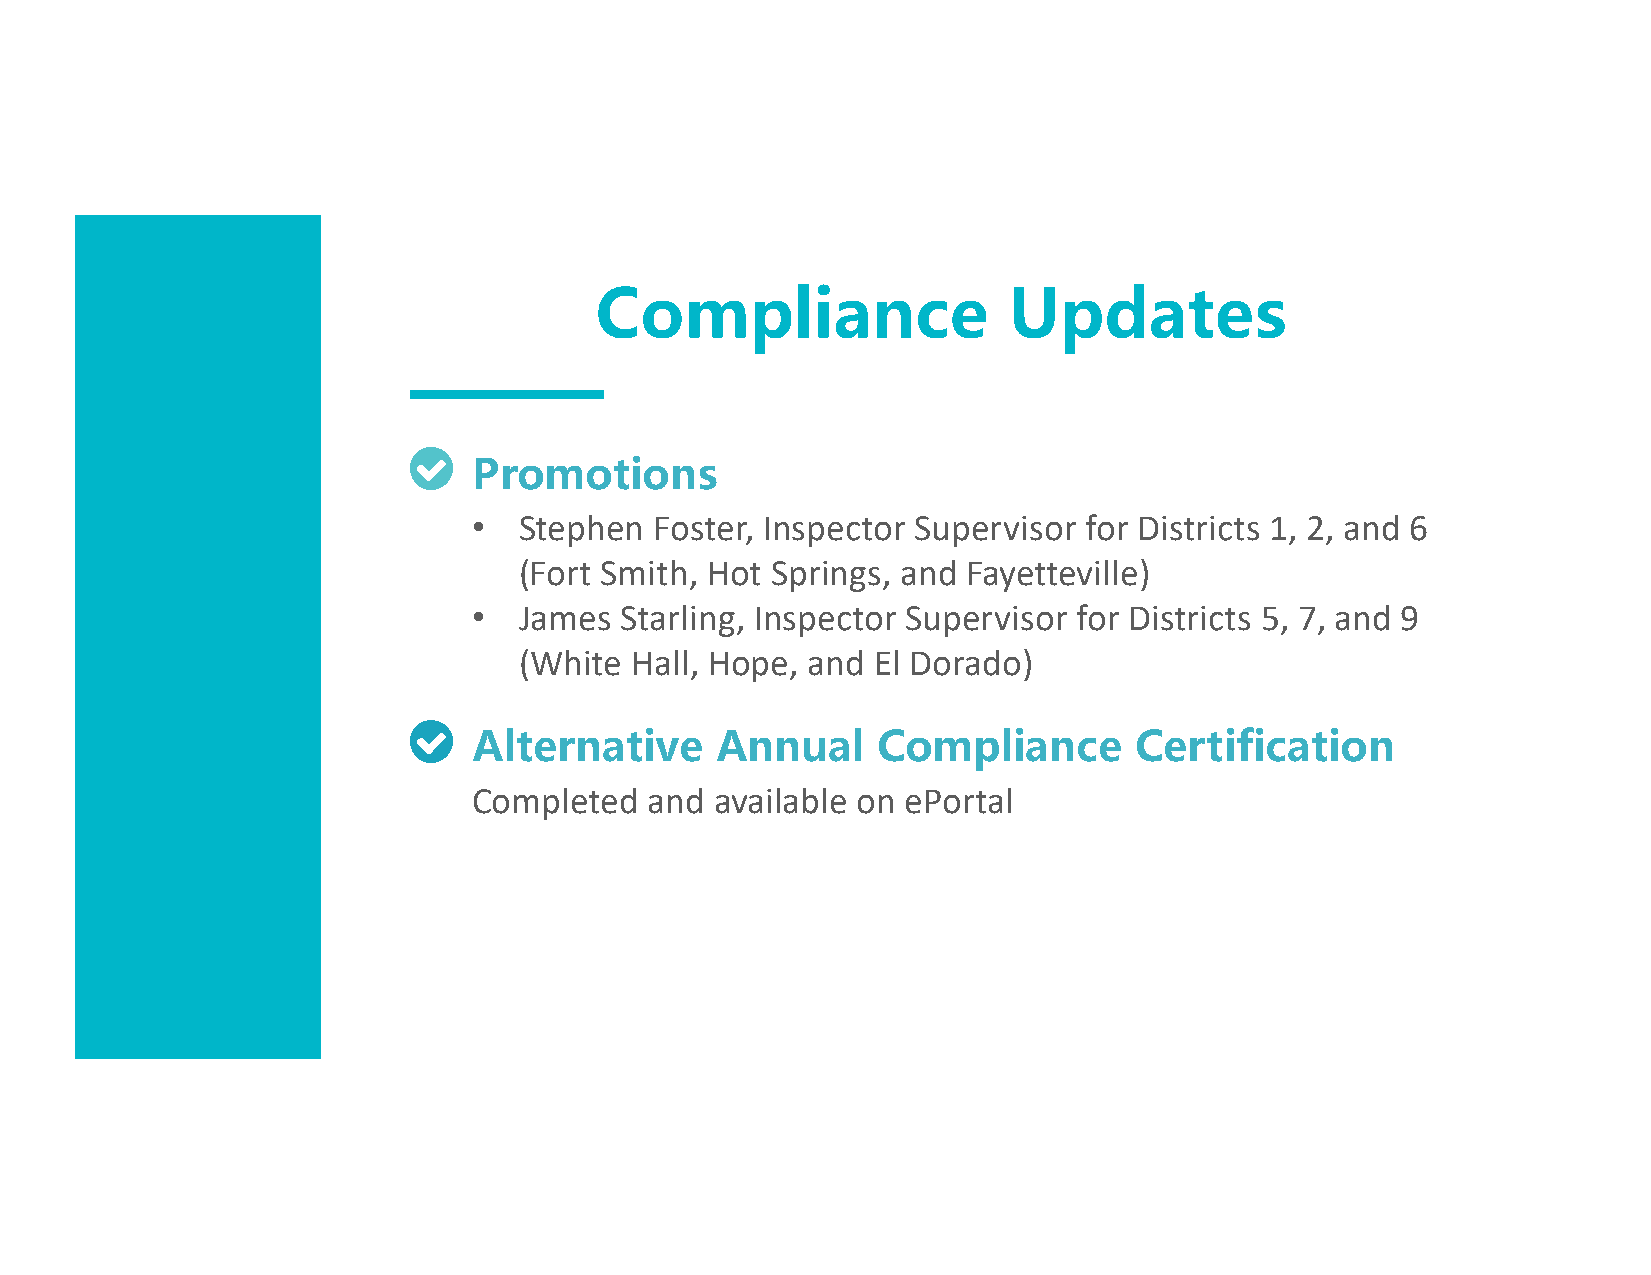
Compliance                  Updates
 Promotions
 •  Stephen  Foster, Inspector Supervisor for Districts 1, 2, and 6
 (Fort Smith, Hot Springs, and Fayetteville)
 •  James  Starling, Inspector Supervisor for Districts 5, 7, and 9
 (White  Hall, Hope, and El Dorado)
 Alternative     Annual     Compliance       Certification
 Completed   and available on ePortal